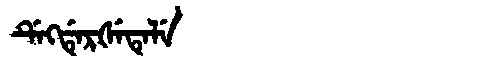
Manchu: ᡩᡝᡴᡩᡝᡵᡧᡝᡨᡝᠯᡝ
Romanization: DEKDERŠETELE